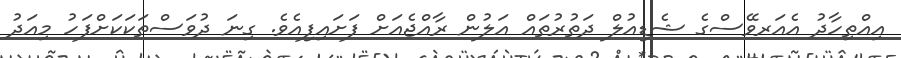
އިއްތިހާދު އެއަރވޭސްގެ ޝެޑިއުލް ދަތުރުތައް އަލުން ރާއްޖެއަށް ފަށައިފިއެެވެ. ގިނަ ދުވަސްތަކަކަށްފަހު މިއަދު